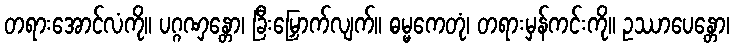
တရားအောင်လံကို။ ပဂ္ဂဏှန္တော၊ ခြီးမြှောက်လျက်။ ဓမ္မကေတုံ၊ တရားမှန်ကင်းကို။ ဥဿာပေန္တော၊